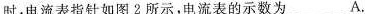
时，电流表指针如图2所示，电流表的示数为_____A。